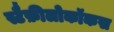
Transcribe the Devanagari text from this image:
स्टैफ़ीलोकॉकस